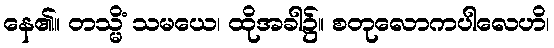
နေ၏။ တသ္မိံ သမယေ၊ ထိုအခါ၌။ စတုလောကပါလေဟိ၊